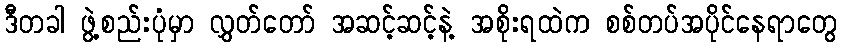
ဒီတခါ ဖွဲ့စည်းပုံမှာ လွှတ်တော် အဆင့်ဆင့်နဲ့ အစိုးရထဲက စစ်တပ်အပိုင်နေရာတွေ